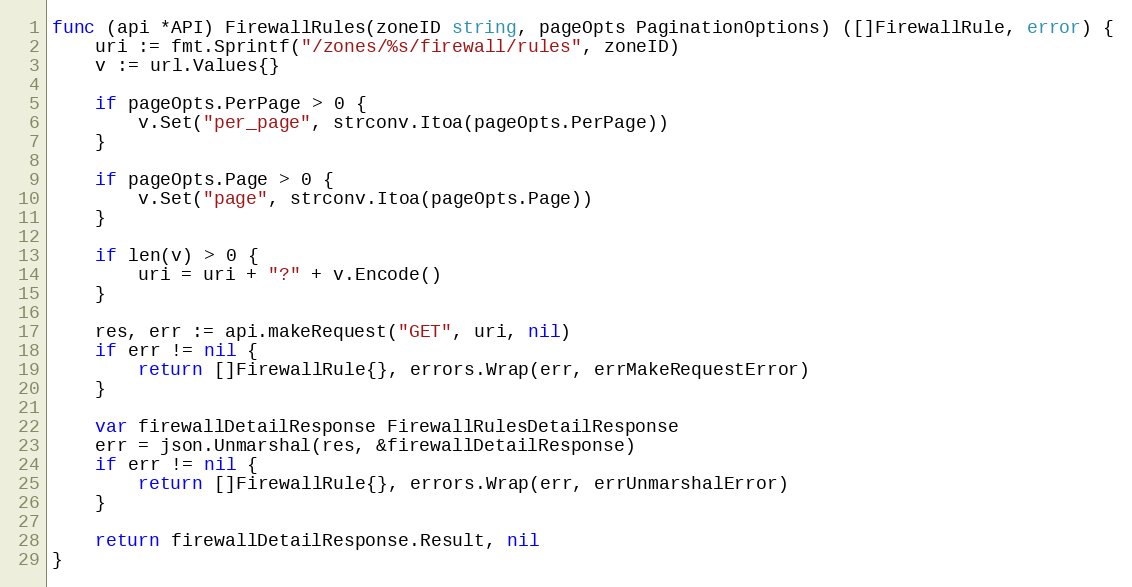
Language: Go
func (api *API) FirewallRules(zoneID string, pageOpts PaginationOptions) ([]FirewallRule, error) {
	uri := fmt.Sprintf("/zones/%s/firewall/rules", zoneID)
	v := url.Values{}

	if pageOpts.PerPage > 0 {
		v.Set("per_page", strconv.Itoa(pageOpts.PerPage))
	}

	if pageOpts.Page > 0 {
		v.Set("page", strconv.Itoa(pageOpts.Page))
	}

	if len(v) > 0 {
		uri = uri + "?" + v.Encode()
	}

	res, err := api.makeRequest("GET", uri, nil)
	if err != nil {
		return []FirewallRule{}, errors.Wrap(err, errMakeRequestError)
	}

	var firewallDetailResponse FirewallRulesDetailResponse
	err = json.Unmarshal(res, &firewallDetailResponse)
	if err != nil {
		return []FirewallRule{}, errors.Wrap(err, errUnmarshalError)
	}

	return firewallDetailResponse.Result, nil
}